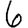
Digit: 6